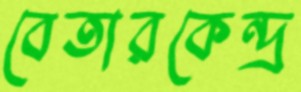
বেতারকেন্দ্র